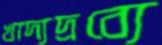
খাদ্যদ্রব্যে